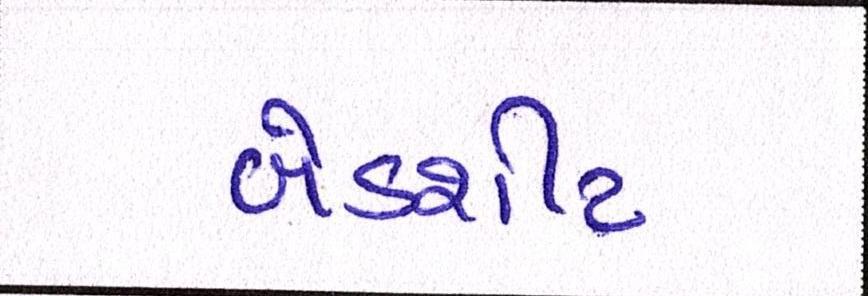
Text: બેડશીટ